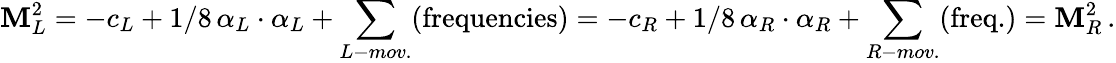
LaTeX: \mathbf{M}_{L}^{2}=-c_{L}+1/8\, \alpha_{L}\cdot\alpha_{L}+\sum_{L-mov.}(\mathrm{{frequencies}})=-c_{R}+1/8\, \alpha_{R}\cdot\alpha_{R}+\sum_{R-mov.}(\mathrm{{freq.}})=\mathbf{M}_{R}^{2}\, .